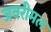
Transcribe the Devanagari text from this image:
जवरीमल